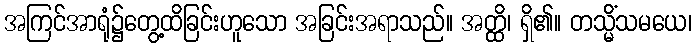
အကြင်အာရုံ၌တွေ့ထိခြင်းဟူသော အခြင်းအရာသည်။ အတ္ထိ၊ ရှိ၏။ တသ္မိံသမယေ၊